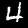
Digit: 4